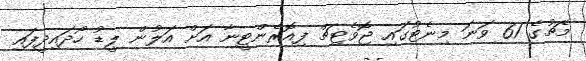
މެޗުގެ 61 ވަނަ މިނެޓުގައި ޖޮވެޓިޗް ފިއޮރެންޓީނާ އަށް އަލުން ލީޑު ހޯދައިދީފައި